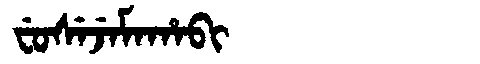
Manchu: ᠸᡠᠰᡝᠵᡝᠮᠠᡥᠠᠪᡳ
Romanization: FUSEJEMAHABI